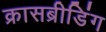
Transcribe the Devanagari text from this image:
क्रासब्रीडिंग